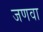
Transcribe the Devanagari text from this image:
जणवा